Annual returns of the Patna Lunatic Asylum at Bankipore in Bihar and Orissa - 1912-1924
Year: 1912
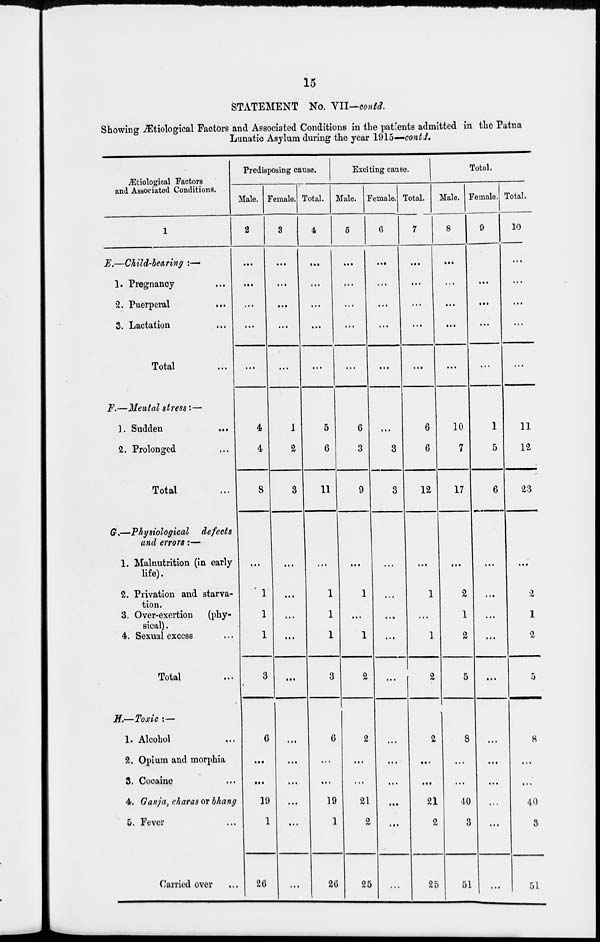
15
STATEMENT No. VII—contd.
Showing Ætiological Factors and Associated Conditions in the patients admitted in the Patna
Lunatic Asylum during the year 1915—contd.
Ætiological Factors
and Associated Conditions.
1
E.—Child-bearing :—
1. Pregnancy ...
2. Puerperal
...
3. Lactation ...
Total ...
F.—Mental stress:—
1. Sudden ...
2. Prolonged ...
Total ...
G.—Physiological defects
and errors:—
1. Malnutrition (in early
life).
2. Privation and starva-
tion.
3. Over-exertion
(phy-
sical) .
4. Sexual excess ...
Total ...
H.—Toxic :—
1. Alcohol ...
2. Opium and morphia
3. Cocaine ...
4. Ganja, charas or bhang
5. Fever ...
Carried over ...
Predisposing cause.
Male.
2
...
...
...
...
...
4
4
8
...
1
1
1
3
6
...
...
19
1
26
Female.
3
...
...
...
...
...
1
2
3
...
...
...
...
...
...
...
...
...
...
...
Total.
4
...
...
...
...
...
5
6
11
...
1
1
1
3
6
...
...
19
1
26
Exciting cause.
Male.
5
...
...
...
...
...
6
3
9
...
1
...
1
2
2
...
...
21
2
25
Female.
6
...
...
...
...
...
...
3
3
...
...
...
...
...
...
...
...
...
...
...
Total.
7
...
...
...
...
...
6
6
12
...
1
...
1
2
2
...
...
21
2
25
Total.
Male.
8
...
...
...
...
...
10
7
17
...
2
1
2
5
8
...
...
40
3
51
Female.
9
...
...
...
...
...
1
5
6
...
...
...
...
...
...
...
...
...
...
...
Total.
10
...
...
...
...
...
11
12
23
...
2
1
2
5
8
...
...
40
3
51